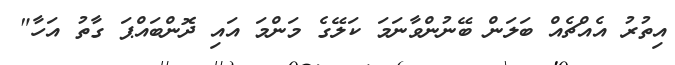
އިތުރު އެއްޗެއް ބަލަން ބޭނުންވާނަމަ ކަލޭގެ މަންމަ އައި ދޮންބައްޕަ ގާތު އަހާ"